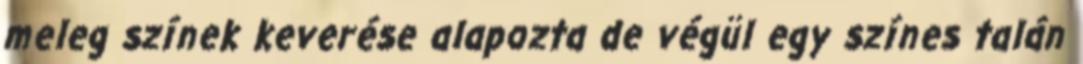
meleg színek keverése alapozta de végül egy színes talán